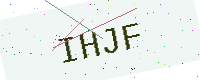
Text: IHJF